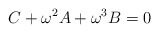
\begin{align*}C+\omega^2 A + \omega^3 B=0\end{align*}